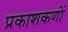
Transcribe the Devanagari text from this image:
प्रकाशकणों